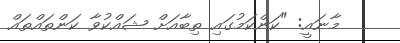
މާނައީ: "ކަންކަމުގައި ތިބާއަށް ޝައްކުވާ ކަންތައްތައް